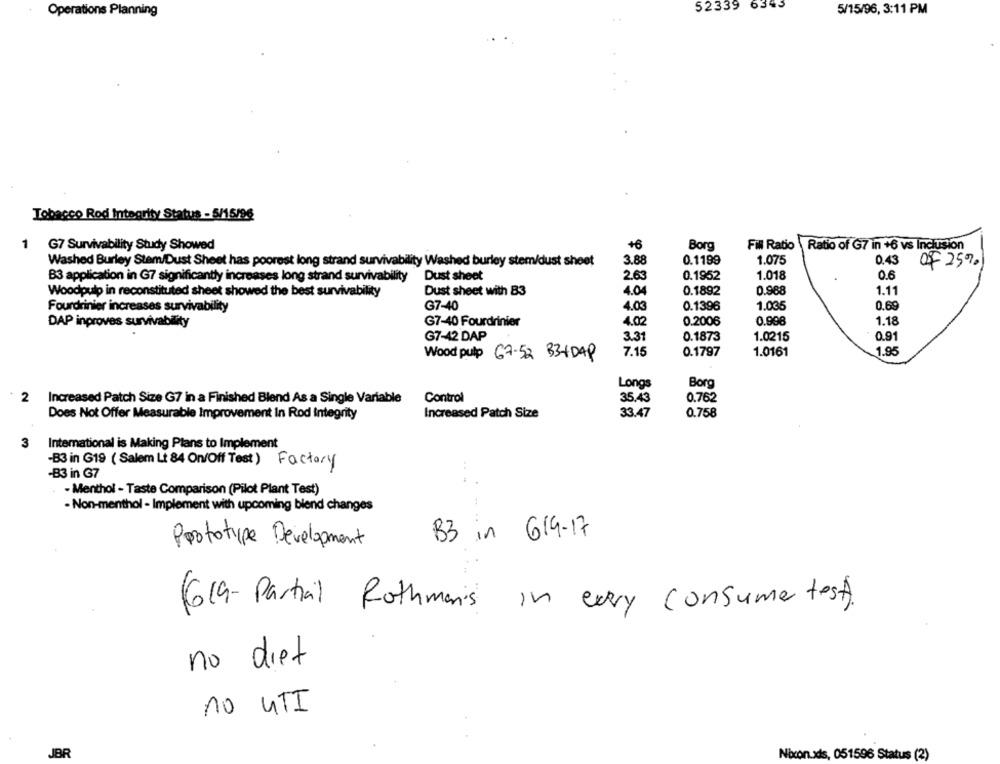
52339
6345
Operations Planning
5/15/96, 3:11 PM
Tobacco Rod Integrity Status - 5/15/96
+6
1 G7 Survivability Study Showed
Borg
Fill Ratio
Ratio of G7 in +6 vs Inclusion
3.88
0.1199
1.075
0.43
Washed Burley Stem/Dust Sheet has poorest long strand survivability Washed burley stem/dust sheet
of 25%
0.1952
1.018
0.6
B3 application in G7 significantly increases long strand survivability
Dust sheet
2.63
0.1892
0.988
1.11
Woodpulp in reconstituted sheet showed the best survivability
Dust sheet with B3
4.04
1.035
0.69
Fourdrinier increases survivability
G7-40
4.03
0.1396
G7-40 Fourdrinier
4.02
0.2006
0.998
DAP inproves survivability
1.18
G7-42 DAP
0.1873
1.0215
3.31
0.9
7.15
0.1797
1.95
Wood pulp 67-52 B3+DAP
1.0161
Longs
Borg
Control
35.43
2 Increased Patch Size G7 in a Finished Blend As a Single Variable
0.762
Increased Patch Size
0.758
Does Not Offer Measurable Improvement In Rod Integrity
33.47
3
International is Making Plans to Implement
-B3 in G19 ( Salem Lt 84 On/Off Test) Factory
..
-B3 in 37
- Menthol - Taste Comparison (Pilot Plant Test)
- Non-menthol - Implement with upcoming blend changes
in 619-17
B3
Prototype Development
(619- Partial Rothmanis in every consumer test).
no diet
no UTI
JBR
Nixon.xds, 051596 Status (2)